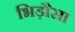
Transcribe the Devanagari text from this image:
भिड़ौसा